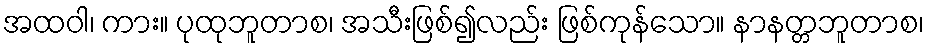
အထဝါ၊ ကား။ ပုထုဘူတာစ၊ အသီးဖြစ်၍လည်း ဖြစ်ကုန်သော။ နာနတ္တဘူတာစ၊